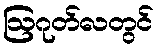
ဩဂုတ်လတွင်